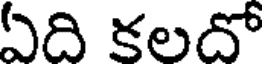
ఏది కలదో